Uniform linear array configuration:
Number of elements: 12
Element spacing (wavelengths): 0.5
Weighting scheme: blackman
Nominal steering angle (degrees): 0
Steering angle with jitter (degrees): -1.17
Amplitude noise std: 0.05
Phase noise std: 0.05

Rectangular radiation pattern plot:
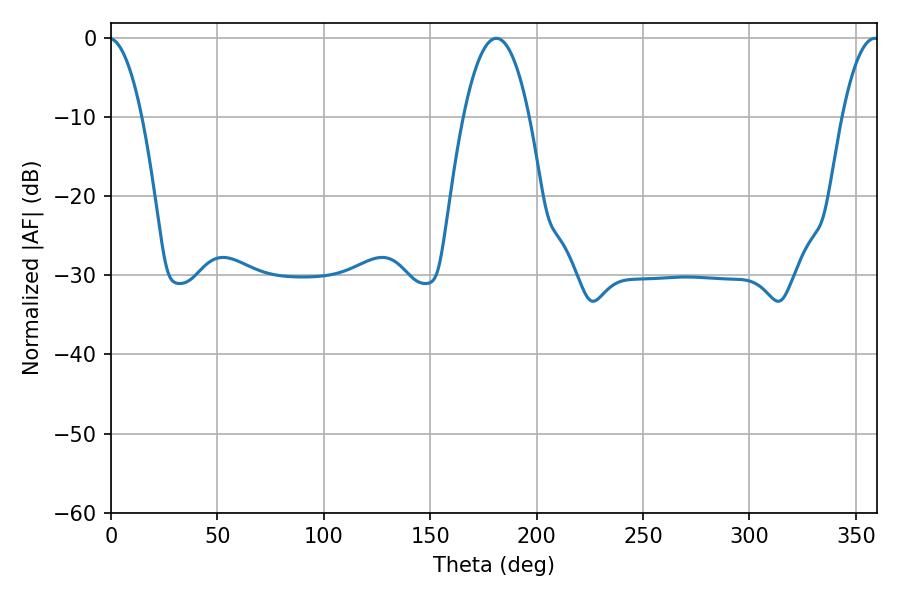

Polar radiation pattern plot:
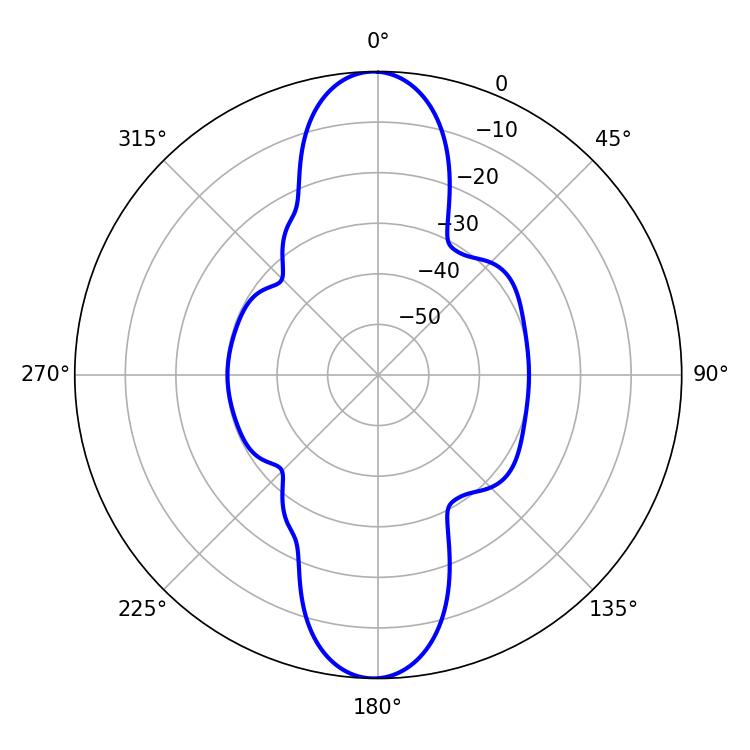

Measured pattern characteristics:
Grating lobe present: FALSE
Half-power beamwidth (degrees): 17.1
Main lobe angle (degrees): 181.08